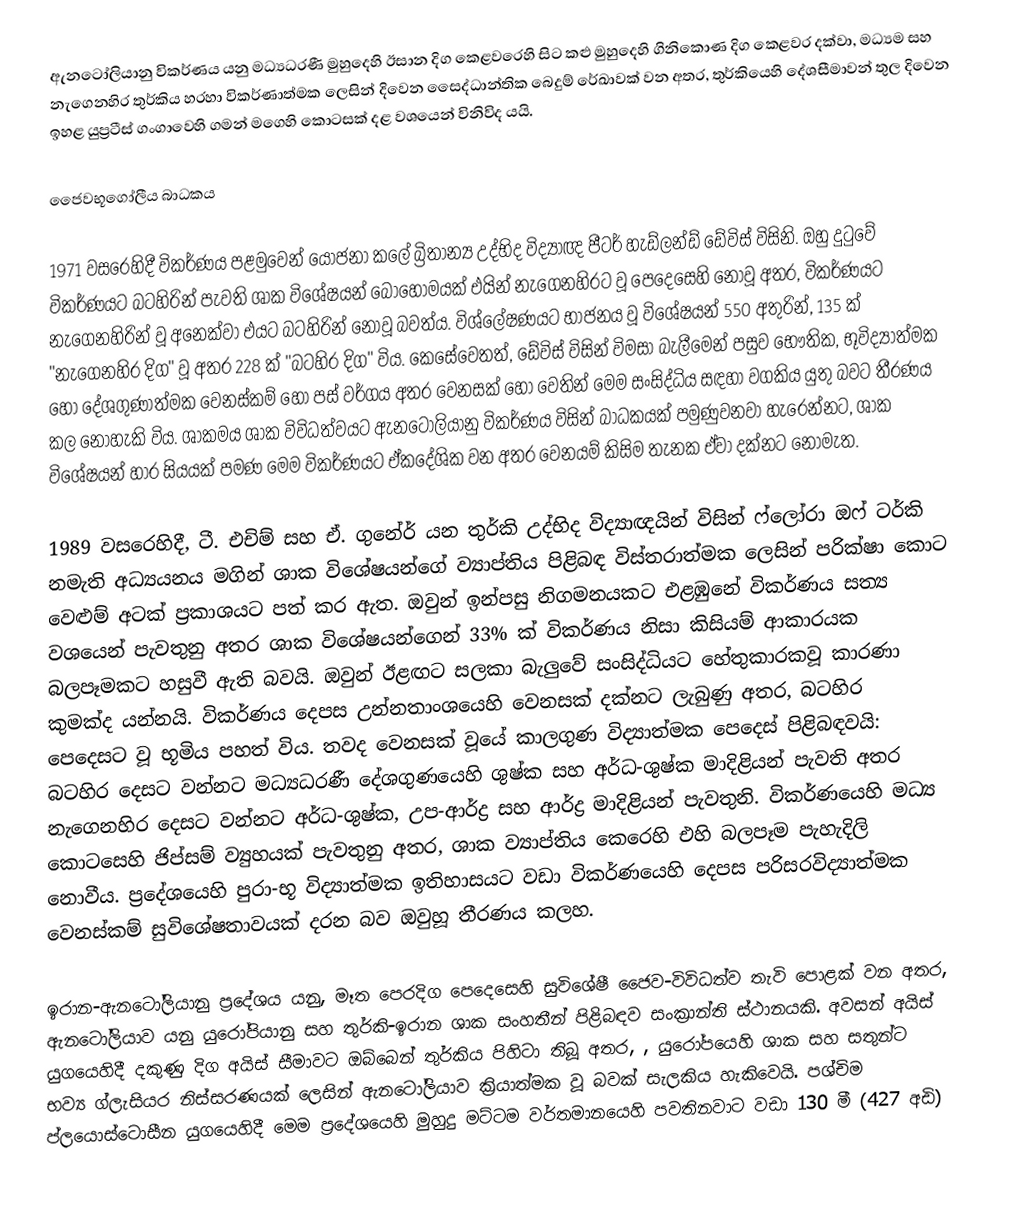
ඇනටෝලියානු විකර්ණය යනු  මධ්‍යධරණී මුහුදෙහි ඊසාන දිග කෙළවරෙහි සිට  කළු මුහුදෙහි ගිනිකොණ දිග කෙළවර දක්වා, මධ්‍යම සහ නැගෙනහිර තුර්කිය හරහා විකර්ණාත්මක ලෙසින් දිවෙන සෛද්ධාන්තික බෙදුම් රේඛාවක් වන අතර, තුර්කියෙහි දේශසීමාවන් තුල දිවෙන ඉහළ යුප්‍රටීස් ගංගාවෙහි ගමන් මගෙහි කොටසක් දළ වශයෙන් විනිවිද යයි.

ජෛවභූගෝලීය බාධකය

1971 වසරෙහිදී විකර්ණය පළමුවෙන් යෝජනා කලේ  බ්‍රිතාන්‍ය උද්භිද විද්‍යාඥ පීටර් හැඩ්ලන්ඩ් ඩේවිස් විසිනි. ඔහු දුටුවේ විකර්ණයට බටහිරින් පැවති ශාක විශේෂයන් බොහෝමයක් එයින් නැගෙනහිරට වූ පෙදෙසෙහි නොවූ අතර, විකර්ණයට නැගෙනහිරින් වූ අනෙක්වා එයට බටහිරින් නොවූ බවත්ය. විශ්ලේෂණයට භාජනය වූ විශේෂයන් 550 අතුරින්, 135 ක් "නැගෙනහිර දිග" වූ අතර  228 ක් "බටහිර දිග" විය. කෙසේවෙතත්, ඩේවිස් විසින් විමසා බැලීමෙන් පසුව භෞතික, භූවිද්‍යාත්මක හෝ දේශගුණාත්මක වෙනස්කම් හෝ  පස් වර්ගය අතර වෙනසක් හෝ වෙතින් මෙම සංසිද්ධිය සඳහා වගකිය යුතු බවට තීරණය කල නොහැකි විය. ශාකමය ශාක විවිධත්වයට ඇනටෝලියානු විකර්ණය විසින් බාධකයක් පමුණුවනවා හැරෙන්නට, ශාක විශේෂයන් හාර සියයක් පමණ මෙම විකර්ණයට ඒකදේශික වන අතර වෙනයම් කිසිම තැනක ඒවා දක්නට නොමැත.

1989 වසරෙහිදී, ටී. එචිම් සහ ඒ. ගුනේර් යන තුර්කි උද්භිද විද්‍යාඥයින් විසින් ෆ්ලෝරා ඔෆ් ටර්කි නමැති අධ්‍යයනය මගින් ශාක විශේෂයන්ගේ ව්‍යාප්තිය පිළිබඳ විස්තරාත්මක ලෙසින් පරික්ෂා කොට වෙළුම් අටක් ප්‍රකාශයට පත් කර ඇත. ඔවුන් ඉන්පසු නිගමනයකට එළඹුනේ විකර්ණය සත්‍ය වශයෙන් පැවතුනු අතර ශාක විශේෂයන්ගෙන් 33% ක් විකර්ණය නිසා කිසියම් ආකාරයක බලපෑමකට හසුවී ඇති බවයි. ඔවුන් ඊළඟට සලකා බැලුවේ සංසිද්ධියට හේතුකාරකවූ කාරණා කුමක්ද යන්නයි. විකර්ණය දෙපස උන්නතාංශයෙහි වෙනසක් දක්නට ලැබුණු අතර, බටහිර පෙදෙසට වූ භූමිය පහත් විය. තවද වෙනසක් වූයේ කාලගුණ විද්‍යාත්මක පෙදෙස් පිළිබඳවයි: බටහිර දෙසට වන්නට මධ්‍යධරණී දේශගුණයෙහි ශුෂ්ක සහ අර්ධ-ශුෂ්ක මාදිළියන් පැවති අතර  නැගෙනහිර දෙසට වන්නට අර්ධ-ශුෂ්ක, උප-ආර්ද්‍ර සහ ආර්ද්‍ර මාදිළියන් පැවතුනි. විකර්ණයෙහි මධ්‍ය කොටසෙහි ජිප්සම් ව්‍යුහයක් පැවතුනු අතර, ශාක ව්‍යාප්තිය කෙරෙහි එහි බලපෑම පැහැදිලි නොවීය. ප්‍රදේශයෙහි පුරා-භූ විද්‍යාත්මක ඉතිහාසයට වඩා විකර්ණයෙහි දෙපස පරිසරවිද්‍යාත්මක වෙනස්කම් සුවිශේෂතාවයක් දරන බව ඔවුහූ තීරණය කලහ.

ඉරාන-ඇනටෝලියානු ප්‍රදේශය යනු, මෑත පෙරදිග පෙදෙසෙහි සුවිශේෂී  ජෛව-විවිධත්ව තැවි පොළක් වන අතර, ඇනටෝලියාව යනු යුරෝපියානු සහ තුර්කි-ඉරාන ශාක සංහතීන් පිළිබඳව සංක්‍රාන්ති ස්ථානයකි. අවසන් අයිස් යුගයෙහිදී දකුණු දිග අයිස් සීමාවට ඔබ්බෙන් තුර්කිය පිහිටා තිබූ අතර, ,  යුරෝපයෙහි ශාක සහ සතුන්ට භව්‍ය ග්ලැසියර නිස්සරණයක් ලෙසින්  ඇනටෝලියාව ක්‍රියාත්මක වූ බවක් සැලකිය හැකිවෙයි. පශ්චිම ප්ලයොස්ටොසීන යුගයෙහිදී මෙම ප්‍රදේශයෙහි මුහුදු මට්ටම වර්තමානයෙහි පවතිනවාට වඩා 130 මී (427 අඩි)